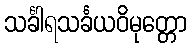
သင်္ခါရသင်္ခယဝိမုတ္တော